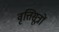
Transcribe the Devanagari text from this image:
वृत्तिसूत्रों